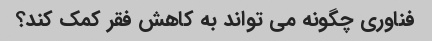
فناوری چگونه می تواند به کاهش فقر کمک کند؟